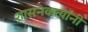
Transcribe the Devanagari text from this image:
शासनकर्त्यांनी